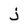
Character: j